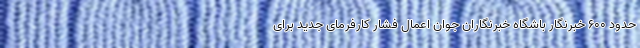
حدود ۶۰۰ خبرنگار باشگاه خبرنگاران جوان اعمال فشار کارفرمای جدید برای